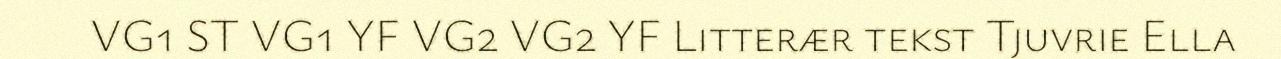
VG1 ST VG1 YF VG2 VG2 YF Litterær tekst Tjuvrie Ella